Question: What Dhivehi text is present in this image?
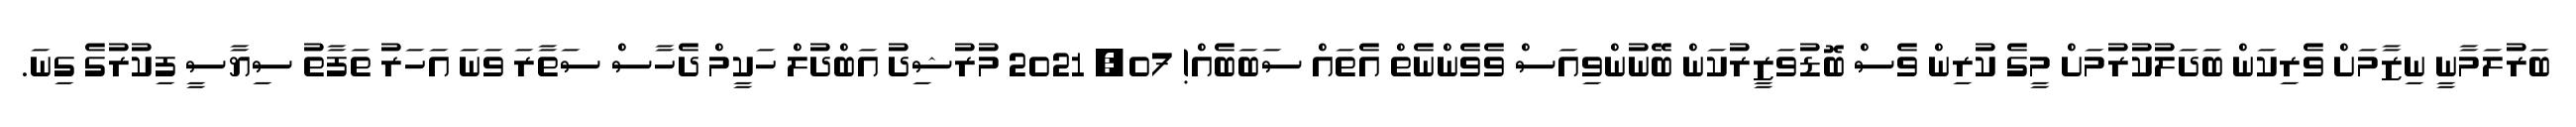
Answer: ބަރުލަމާނީ ނިޒާމަށް ވެރިކަން ބަދަލުކުރުމަށް މީގެ ކުރިން ވެސް ބޮޑުވަޒީރުކަން ބޭނުންވިއަސް ވެވެންނެތް އެތައް ސަބަބެއް! 07, 2021 މުރުޝިދު އަބްދުލް ހަކީމް ދެހާސް ސަތާރަ ވަނަ އަހަރު ތަފާތު ސިޔާސީ ފިކުރުގެ ގިނަ.